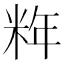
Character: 𰪹